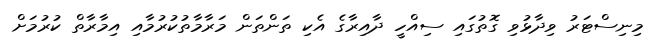
މިނިސްޓަރު ވިދާޅުވި ގޮތުގައި ސިއްހީ ދާއިރާގެ އެކި ތަންތަން މަރާމާތުކުރުމާއި އިމާރާތް ކުރުމަށް